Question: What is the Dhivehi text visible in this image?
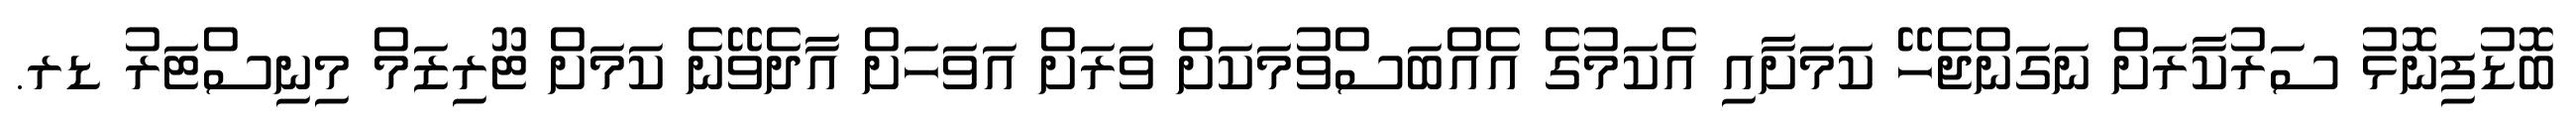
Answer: ބޮޑުފިނޮޅު ސަރުކާރަށް ނަގަންޖެހޭ ކަމަށާއި އެކަމުގެ އެއްބަސްވުމަކަށް ވަރަށް އަވަހަށް އާދެވޭނެ ކަމަށް ޓޫރިޒަމް މިނިސްޓަރު ޑރ.